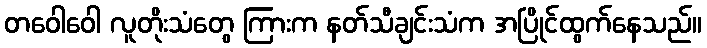
တဝေါဝေါ လူတိုးသံတွေ ကြားက နတ်သီချင်းသံက အပြိုင်ထွက်နေသည်။